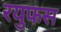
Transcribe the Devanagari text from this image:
रयुफस